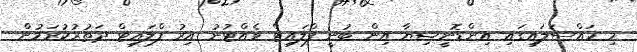
މި މައްސަލައިގައި އިންޑޮނީޝިޔާ އިން ބުނީ ފްލައިޓް ވެެއްޓުނު އިރު ފްލައިޓް ދަތުރުކުރަމުން